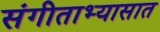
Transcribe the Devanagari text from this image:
संगीताभ्यासात